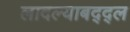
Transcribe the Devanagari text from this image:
लादल्याबद्द्ल